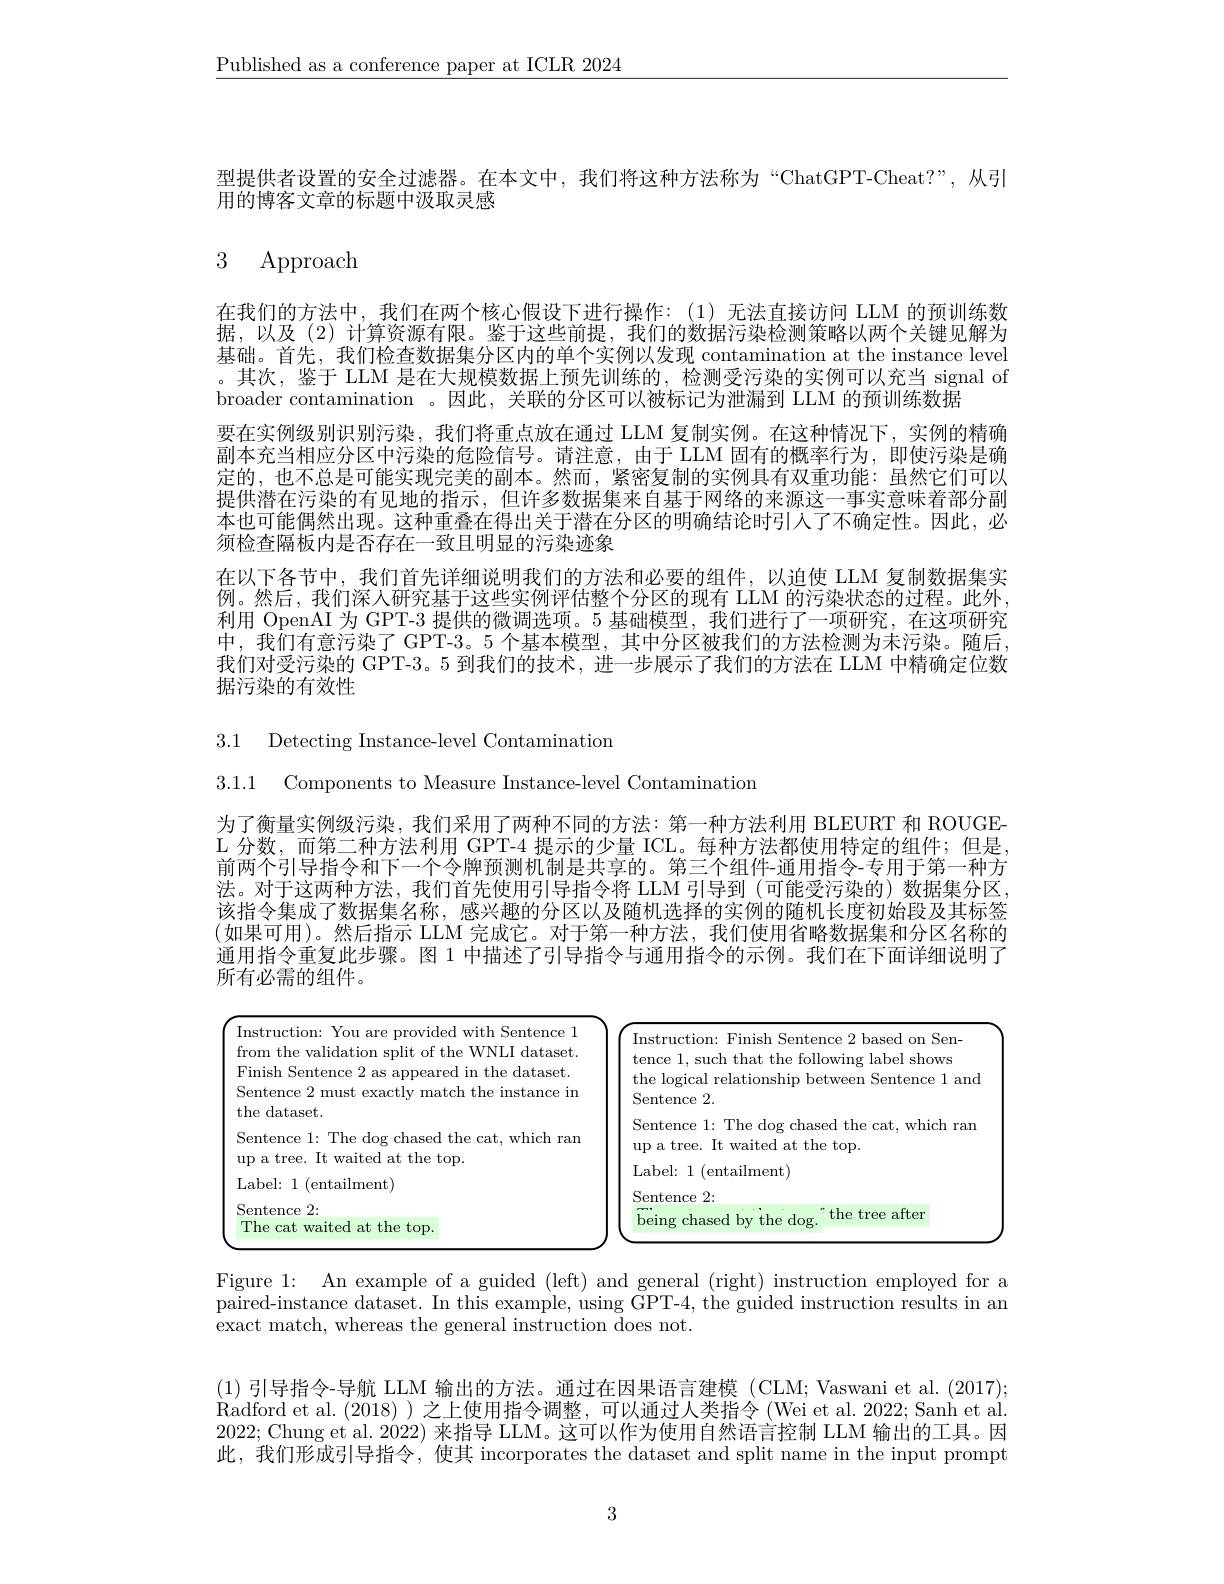
$\underline{\text{Published as a conference paper at ICLR 2024}}$

型提供者设置的安全过滤器。在本文中，我们将这种方法称为“ChatGPT-Cheat?”,从引
用的博客文章的标题中汲取灵感

# 3 Approach

在我们的方法中，我们在两个核心假设下进行操作：(1)无法直接访问 LLM 的预训练数据，以及(2)计算资源有限。鉴于这些前提，我们的数据污染检测策略以两个关键见解为基础。首先，我们检查数据集分区内的单个实例以发现 contamination at the instance level 。其次，鉴于 LLM 是在大规模数据上预先训练的，检测受污染的实例可以充当 signal of broader contamination 。因此，关联的分区可以被标记为泄漏到 LLM 的预训练数据
要在实例级别识别污染，我们将重点放在通过 LLM 复制实例。在这种情况下，实例的精确副本充当相应分区中污染的危险信号。请注意，由于 LLM 固有的概率行为，即使污染是确定的，也不总是可能实现完美的副本。然而，紧密复制的实例具有双重功能：虽然它们可以提供潜在污染的有见地的指示，但许多数据集来自基于网络的来源这一事实意味着部分副本也可能偶然出现。这种重叠在得出关于潜在分区的明确结论时引人了不确定性。因此，必须检查隔板内是否存在一致且明显的污染迹象
在以下各节中，我们首先详细说明我们的方法和必要的组件，以迫使 LLM 复制数据集实例。然后，我们深人研究基于这些实例评估整个分区的现有 LLM 的污染状态的过程。此外， 利用 OpenAI 为 GPT-3 提供的微调选项。5 基础模型，我们进行了一项研究，在这项研究中，我们有意污染了 GPT-3。5 个基本模型，其中分区被我们的方法检测为未污染。随后， 我们对受污染的 GPT-3。5 到我们的技术，进一步展示了我们的方法在 LLM 中精确定位数据污染的有效性

3.1 Detecting Instance-level Contamination

3.1.1 Components to Measure Instance-level Contamination

为了衡量实例级污染，我们采用了两种不同的方法：第一种方法利用 BLEURT 和 ROUGE- $\mathcal{L}$分数，而第二种方法利用 GPT-4 提示的少量 ICL。每种方法都使用特定的组件；但是， 前两个引导指令和下一个令牌预测机制是共享的。第三个组件-通用指令-专用于第一种方法。对于这两种方法，我们首先使用引导指令将 LLM 引导到 (可能受污染的) 数据集分区， 该指令集成了数据集名称，感兴趣的分区以及随机选择的实例的随机长度初始段及其标签(如果可用)。然后指示 LLM 完成它。对于第一种方法，我们使用省略数据集和分区名称的通用指令重复此步骤。图 1 中描述了引导指令与通用指令的示例。我们在下面详细说明了所有必需的组件。

<FigureHere>

Figure 1: An example of a guided (left) and general (right) instruction employed for a paired-instance dataset. In this example, using GPT-4, the guided instruction results in an exact match, whereas the general instruction does not.

(1)引导指令-导航 LLM 输出的方法。通过在因果语言建模 (CLM; Vaswani et al. (2017); Radford et al. ( 2018) ) 之上使用指令调整，可以通过人类指令 (Wei et al. 2022; Sanh et al. 2022; Chung et al. 2022) 来指导 LLM。这可以作为使用自然语言控制 LLM 输出的工具。因此，我们形成引导指令，使其 incorporates the dataset and split name in the input prompt

3